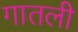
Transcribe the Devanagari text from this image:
गातली